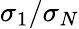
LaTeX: \sigma_{1}/\sigma_{N}